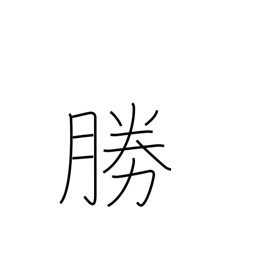
Meaning: prevail